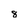
Character: 8